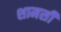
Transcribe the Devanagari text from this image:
शामसी